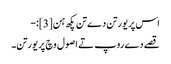
اس پریورتن دے تن پکھ ہن[3]:-
قصے دے روپ تے اصول وچ پریورتن۔